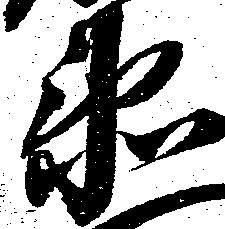
衛